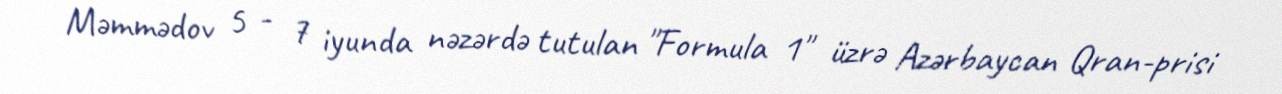
Məmmədov 5 - 7 iyunda nəzərdə tutulan "Formula 1" üzrə Azərbaycan Qran-prisi